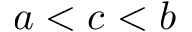
a < c < b